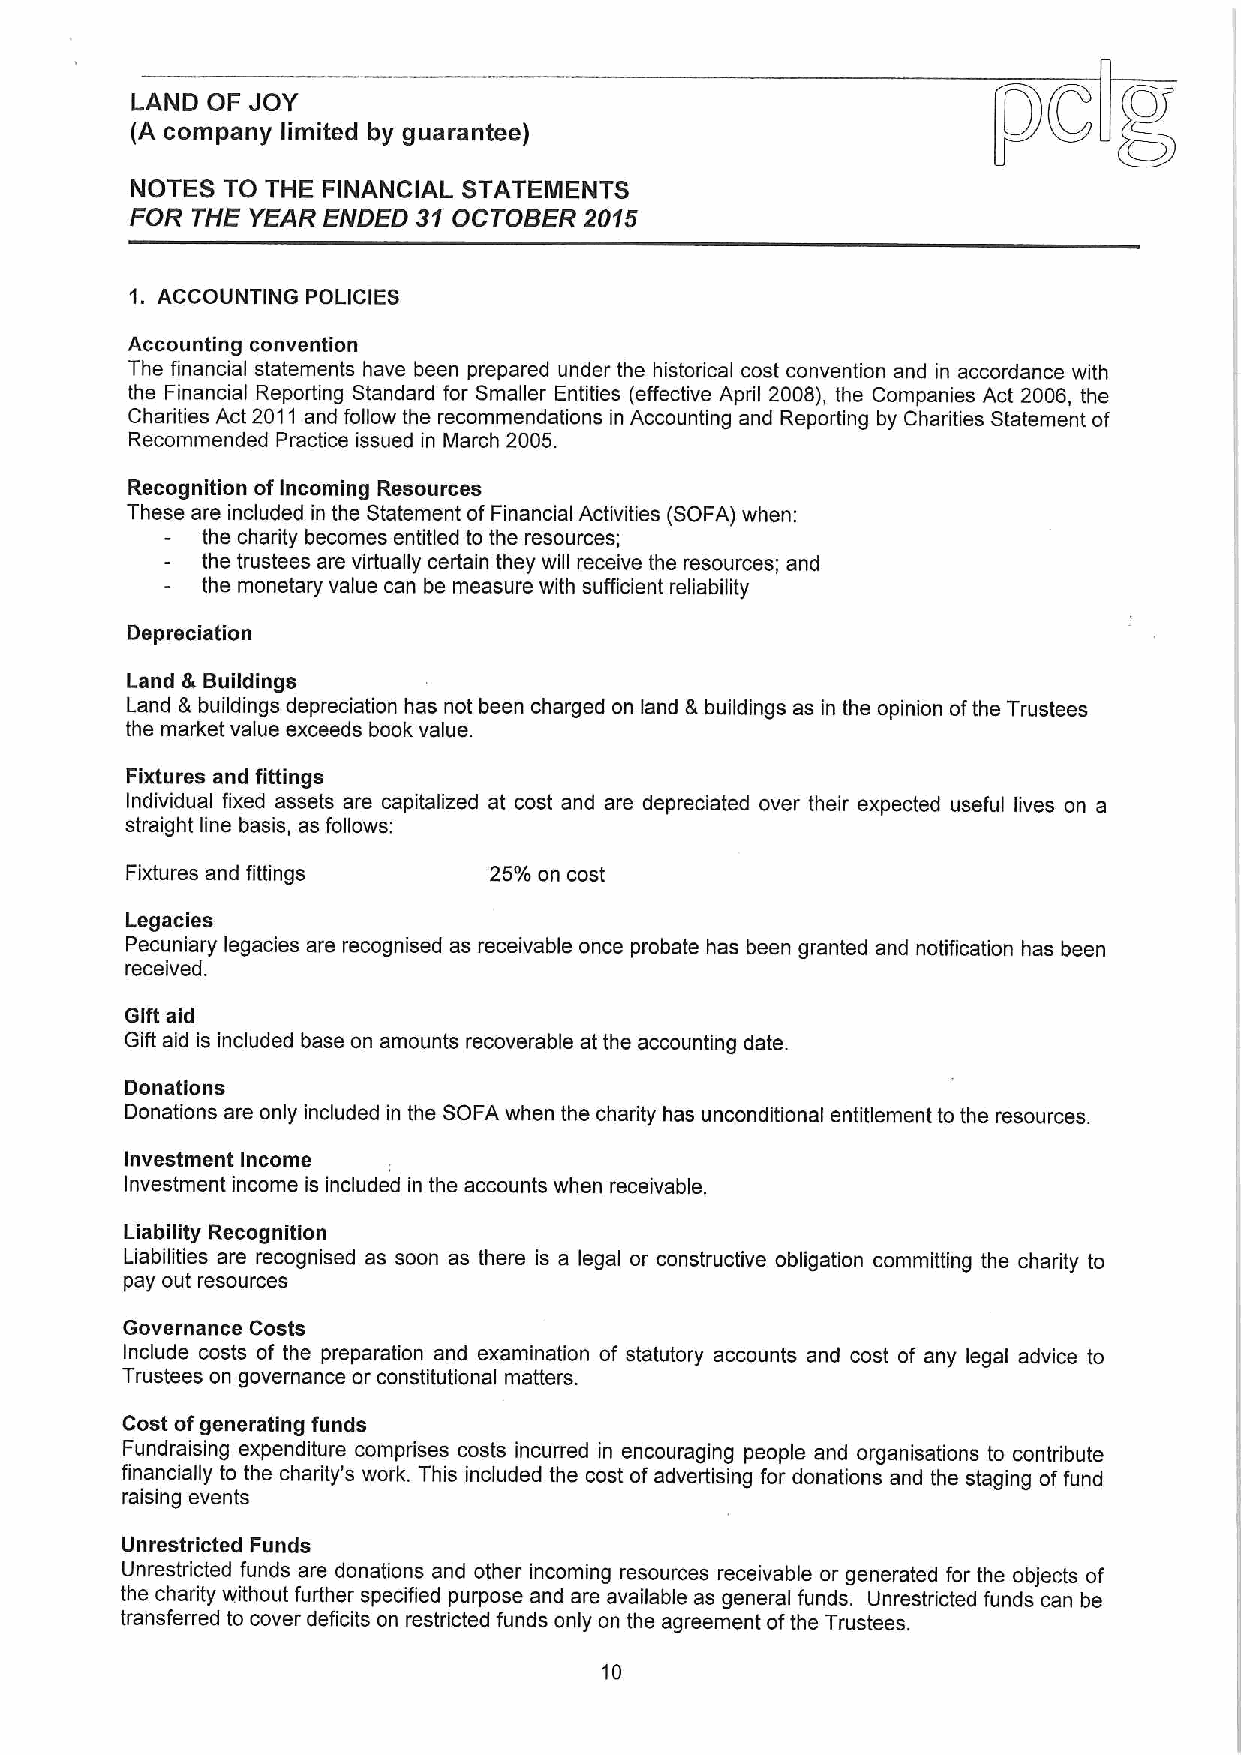
g
 LAND OF JOY
 poC
 (A company limited by guarantee)
 NOTES TO THE FINANCIAL STATEMENTS
 FOR THE YEAR ENDED 31 OCTOBER 2015
 'i. ACCOUNTING POLICIES
 Accounting convention
 The financial statements have been prepared under the historical cost convention and in accordance with
 the Financial Reporting Standard for Smaller Entities (effective April 2008), the Companies Act 2006, the
 Charities Act 2011 and follow the recommendations in Accounting and Reporting by Charities Statement of
 Recommended Practice issued in March 2005.
 Recognition ofIncoming Resources
 These are included in the Statement of Financial Activities (SOFA) when:
 the charity becomes entitled to the resources;
 the trustees are virtually certain they will receive the resources; and
 the monetary value can be measure with sufficient reliability
 Depreciation
 Land &Buildings
 Land &buildings depreciation has not been charged on land &buildings as in the opinion ofthe Trustees
 the market value exceeds book value.
 Fixtures and fittings
 Individual fixed assets are capitalized at cost and are depreciated over their expected useful lives on a
 straight line basis, as follows:
 Fixtures and fittings   25%on cost
 Legacies
 Pecuniary legacies are recognised as receivable once probate has been granted and notification has been
 received.
 Gift aid
 Gift aid is included base on amounts recoverable at the accounting date.
 Donations
 Donations are only included in the SOFA when the charity has unconditional entitlement to the resources.
 Investment Income
 Investment income is included in the accounts when receivable.
 Liability Recognition
 Liabilities are recognised as soon as there is a legal or constructive obligation committing the charity to
 pay out resources
 Governance Costs
 Include costs of the preparation and examination of statutory accounts and cost of any legal advice to
 Trustees on governance or constitutional matters.
 Cost ofgenerating funds
 Fundraising expenditure comprises costs incurred in encouraging people and organisations to contribute
 financially to the charity's work. This included the cost of advertising for donations and the staging offund
 raising events
 Unrestricted Funds
 Unrestricted funds are donations and other incoming resources receivable or generated for the objects of
 the charity without further specified purpose and are available as general funds. Unrestricted funds can be
 transferred to cover deficits on restricted funds only on the agreement ofthe Trustees.
 10